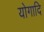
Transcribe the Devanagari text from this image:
योगादि